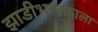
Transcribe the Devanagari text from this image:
झाडीभाषकाला